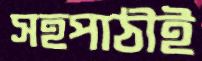
সহপাঠীই